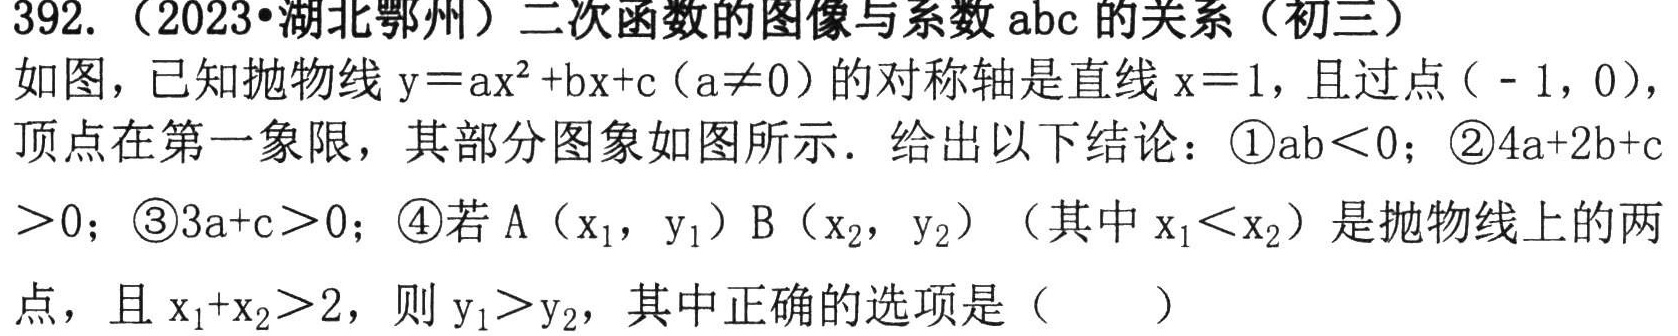
392.（2023·湖北鄂州）二次函数的图像与系数abc的关系（初三）
如图，已知抛物线\(y = ax^{2}+bx + c(a\neq0)\)的对称轴是直线\(x = 1\)，且过点\(( - 1,0)\)，顶点在第一象限，其部分图象如图所示．给出以下结论：\textcircled{1}\(ab\lt0\)；\textcircled{2}\(4a + 2b + c>0\)；\textcircled{3}\(3a + c>0\)；\textcircled{4}若\(A(x_{1},y_{1})\) \(B(x_{2},y_{2})\)（其中\(x_{1}\lt x_{2}\)）是抛物线上的两点，且\(x_{1}+x_{2}>2\)，则\(y_{1}>y_{2}\)，其中正确的选项是（  ）